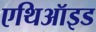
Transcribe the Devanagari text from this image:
एथिऑइड